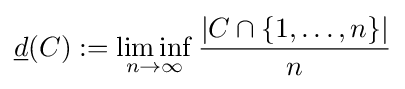
{\underline {d}}(C):=\liminf _{n\to \infty }{\frac {|C\cap \{1,\dots ,n\}|}{n}}